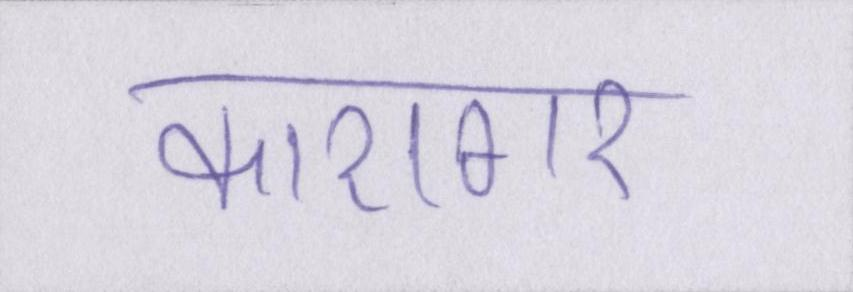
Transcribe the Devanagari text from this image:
कारागर